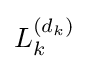
L_{k}^{(d_{k})}